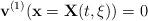
LaTeX: \begin{align*}{\bf v}^{(1)} ({\bf x} = {\bf X}(t, \xi)) = 0\end{align*}